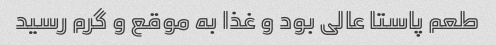
طعم پاستا عالی بود و غذا به موقع و گرم رسید